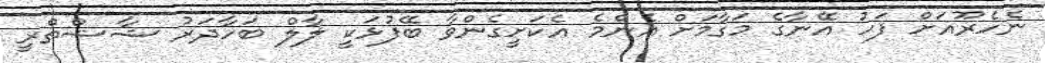
ނެހެރޫއަށް ފަހު އޭނާގެ މަގާމަށް އެންމެ އެކަށީގެންވާ ބޭފުޅަކީ ލާލް ބަހާދަރު ޝާޝްތްރީ